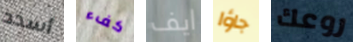
أسدد كفء ايف جاؤا روعك